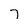
Character: 7